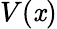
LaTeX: V(\mathit{x})